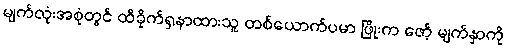
မျက်လုံးအစုံတွင် ထိခိုက်ရှနာထားသူ တစ်ယောက်ပမာ ဖြိုးက ဇော့် မျက်နှာကို